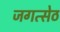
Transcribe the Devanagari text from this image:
जगत्सेठ